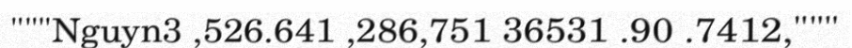
"""Nguyn3 ,526.641 ,286,751 36531 .90 .7412,"""